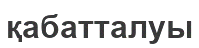
қабатталуы